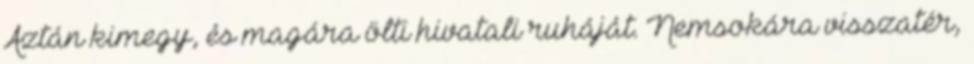
Aztán kimegy, és magára ölti hivatali ruháját. Nemsokára visszatér,